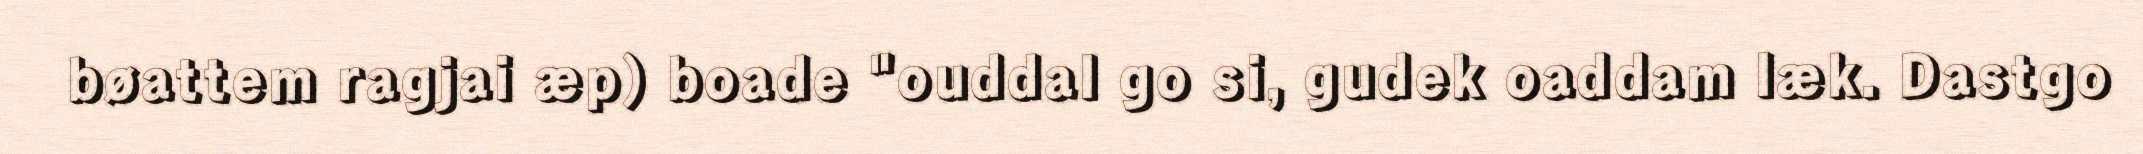
bøattem ragjai æp) boade "ouddal go si, gudek oaddam læk. Dastgo